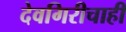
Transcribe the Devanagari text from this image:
देवगिरीचाही